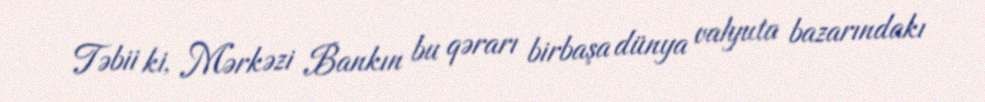
Təbii ki, Mərkəzi Bankın bu qərarı birbaşa dünya valyuta bazarındakı